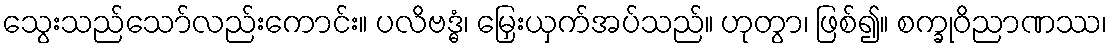
သွေးသည်သော်လည်းကောင်း။ ပလိဗဒ္ဓံ၊ မြှေးယှက်အပ်သည်။ ဟုတွာ၊ ဖြစ်၍။ စက္ခုဝိညာဏဿ၊